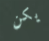
يكن